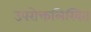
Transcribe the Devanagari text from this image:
उपरोक्तलिखित